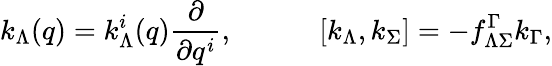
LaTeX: k_{\Lambda}(q)=k_{\Lambda}^{i}(q){\frac{\partial}{\partial q^{i}}},\quad\quad\quad[k_{\Lambda},k_{\Sigma}]=-f_{\Lambda\Sigma}^{\Gamma}k_{\Gamma},